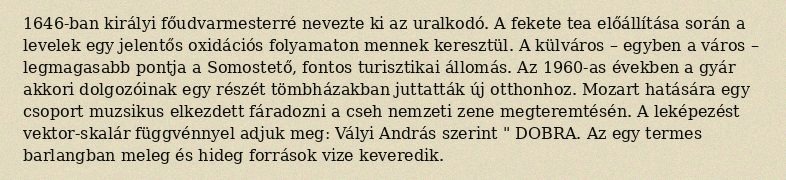
1646-ban királyi főudvarmesterré nevezte ki az uralkodó. A fekete tea előállítása során a levelek egy jelentős oxidációs folyamaton mennek keresztül. A külváros – egyben a város – legmagasabb pontja a Somostető, fontos turisztikai állomás. Az 1960-as években a gyár akkori dolgozóinak egy részét tömbházakban juttatták új otthonhoz. Mozart hatására egy csoport muzsikus elkezdett fáradozni a cseh nemzeti zene megteremtésén. A leképezést vektor-skalár függvénnyel adjuk meg: Vályi András szerint " DOBRA. Az egy termes barlangban meleg és hideg források vize keveredik.